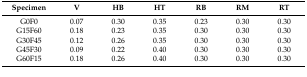
<table><thead><tr><td><b>Specimen</b></td><td><b>V</b></td><td><b>HB</b></td><td><b>HT</b></td><td><b>RB</b></td><td><b>RM</b></td><td><b>RT</b></td></tr></thead><tbody><tr><td>G0F0</td><td>0.07</td><td>0.30</td><td>0.35</td><td>0.23</td><td>0.30</td><td>0.30</td></tr><tr><td>G15F60</td><td>0.18</td><td>0.23</td><td>0.35</td><td>0.30</td><td>0.30</td><td>0.30</td></tr><tr><td>G30F45</td><td>0.12</td><td>0.26</td><td>0.35</td><td>0.30</td><td>0.30</td><td>0.30</td></tr><tr><td>G45F30</td><td>0.09</td><td>0.22</td><td>0.40</td><td>0.30</td><td>0.30</td><td>0.30</td></tr><tr><td>G60F15</td><td>0.18</td><td>0.26</td><td>0.40</td><td>0.30</td><td>0.30</td><td>0.30</td></tr></tbody></table>